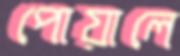
পোয়ালে